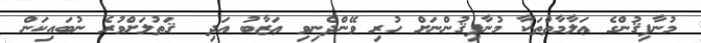
މުނާފިޤުންގެ ޢަލާމާތްތަކާ މުނާފިޤުންނަށް ހުރި ވޭންދެނިވި ޢަޒާބު އަދި  ޤަތުލަށްވުރެ ނުބައިކަން